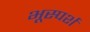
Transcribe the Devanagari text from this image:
भूस्पर्श